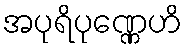
အပုရိပုဏ္ဏေဟိ